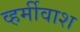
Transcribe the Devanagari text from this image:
व्हर्मीवाश